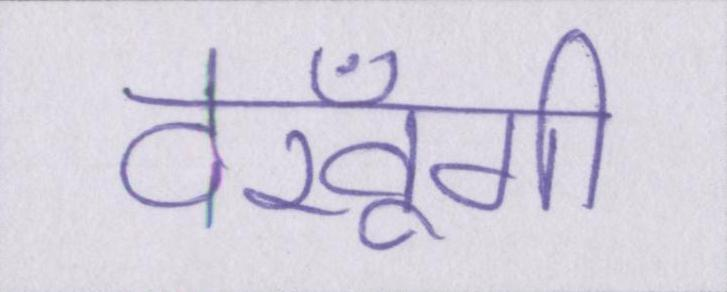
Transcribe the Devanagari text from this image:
देखूँगी